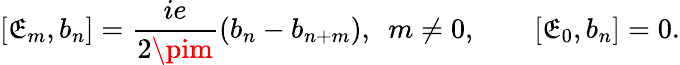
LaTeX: [\mathfrak{E}_{m},b_{n}]=\frac{{ie}}{{2\pim}}\left(b_{n}-b_{n+m}\right),\ \ m\neq0,\qquad[\mathfrak{E}_{0},b_{n}]=0.